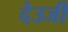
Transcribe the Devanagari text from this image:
देउजी